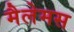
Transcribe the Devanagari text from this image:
मैलेमस